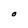
Character: O